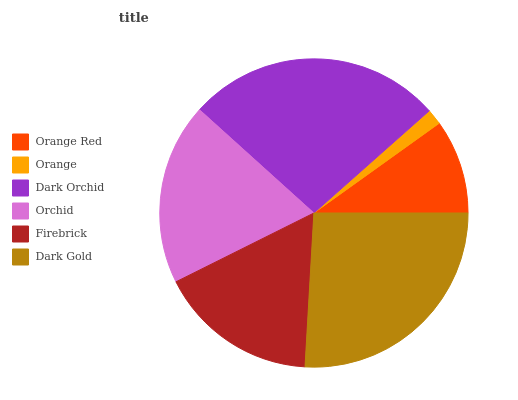
| Orange Red | Orange | Dark Orchid | Orchid | Firebrick | Dark Gold |
 | --- | --- | --- | --- | --- | --- |
 | 9.9% | 1.64% | 26.7% | 19.1% | 16.7% | 25.9% |